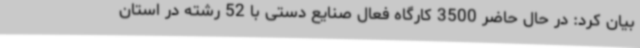
بیان کرد: در حال حاضر 3500 کارگاه فعال صنایع دستی با 52 رشته در استان